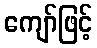
ကျော်ဖြင့်